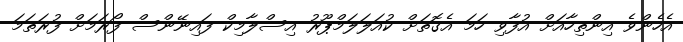
އެހެންވެ އިންތިހާއަށް އުފާވި ހަމަ އެގޮތަށް ކުއަލަލަމްޕޫރު އިސްލާމިކް ފައިނޭންސް ފޯރަމަށް ފުރަތަމަ